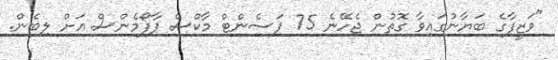
"ވަޒީފާގެ ބަޔާނުގައިވާ ގޮތުން ޖެހޭނެ 75 ޕަސެންޓް މާކްސް ޕާފޯމެންސް އަށް ލިބެން.